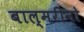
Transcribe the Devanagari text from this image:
बाल्मरीनो